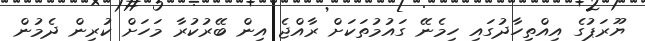
ޔޫރަޕުގެ އިއްތިހާދުގައި ހިމެނޭ ގައުމުތަކަށް ރާއްޖެ އިން ބޭރުކުރާ މަހަށް ކުރިން ދެމުން